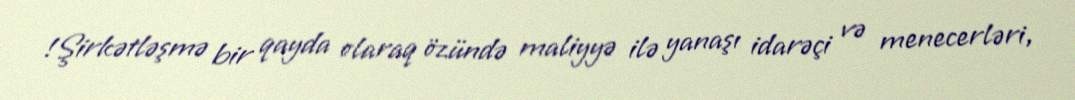
!Şirkətləşmə bir qayda olaraq özündə maliyyə ilə yanaşı idarəçi və menecerləri,